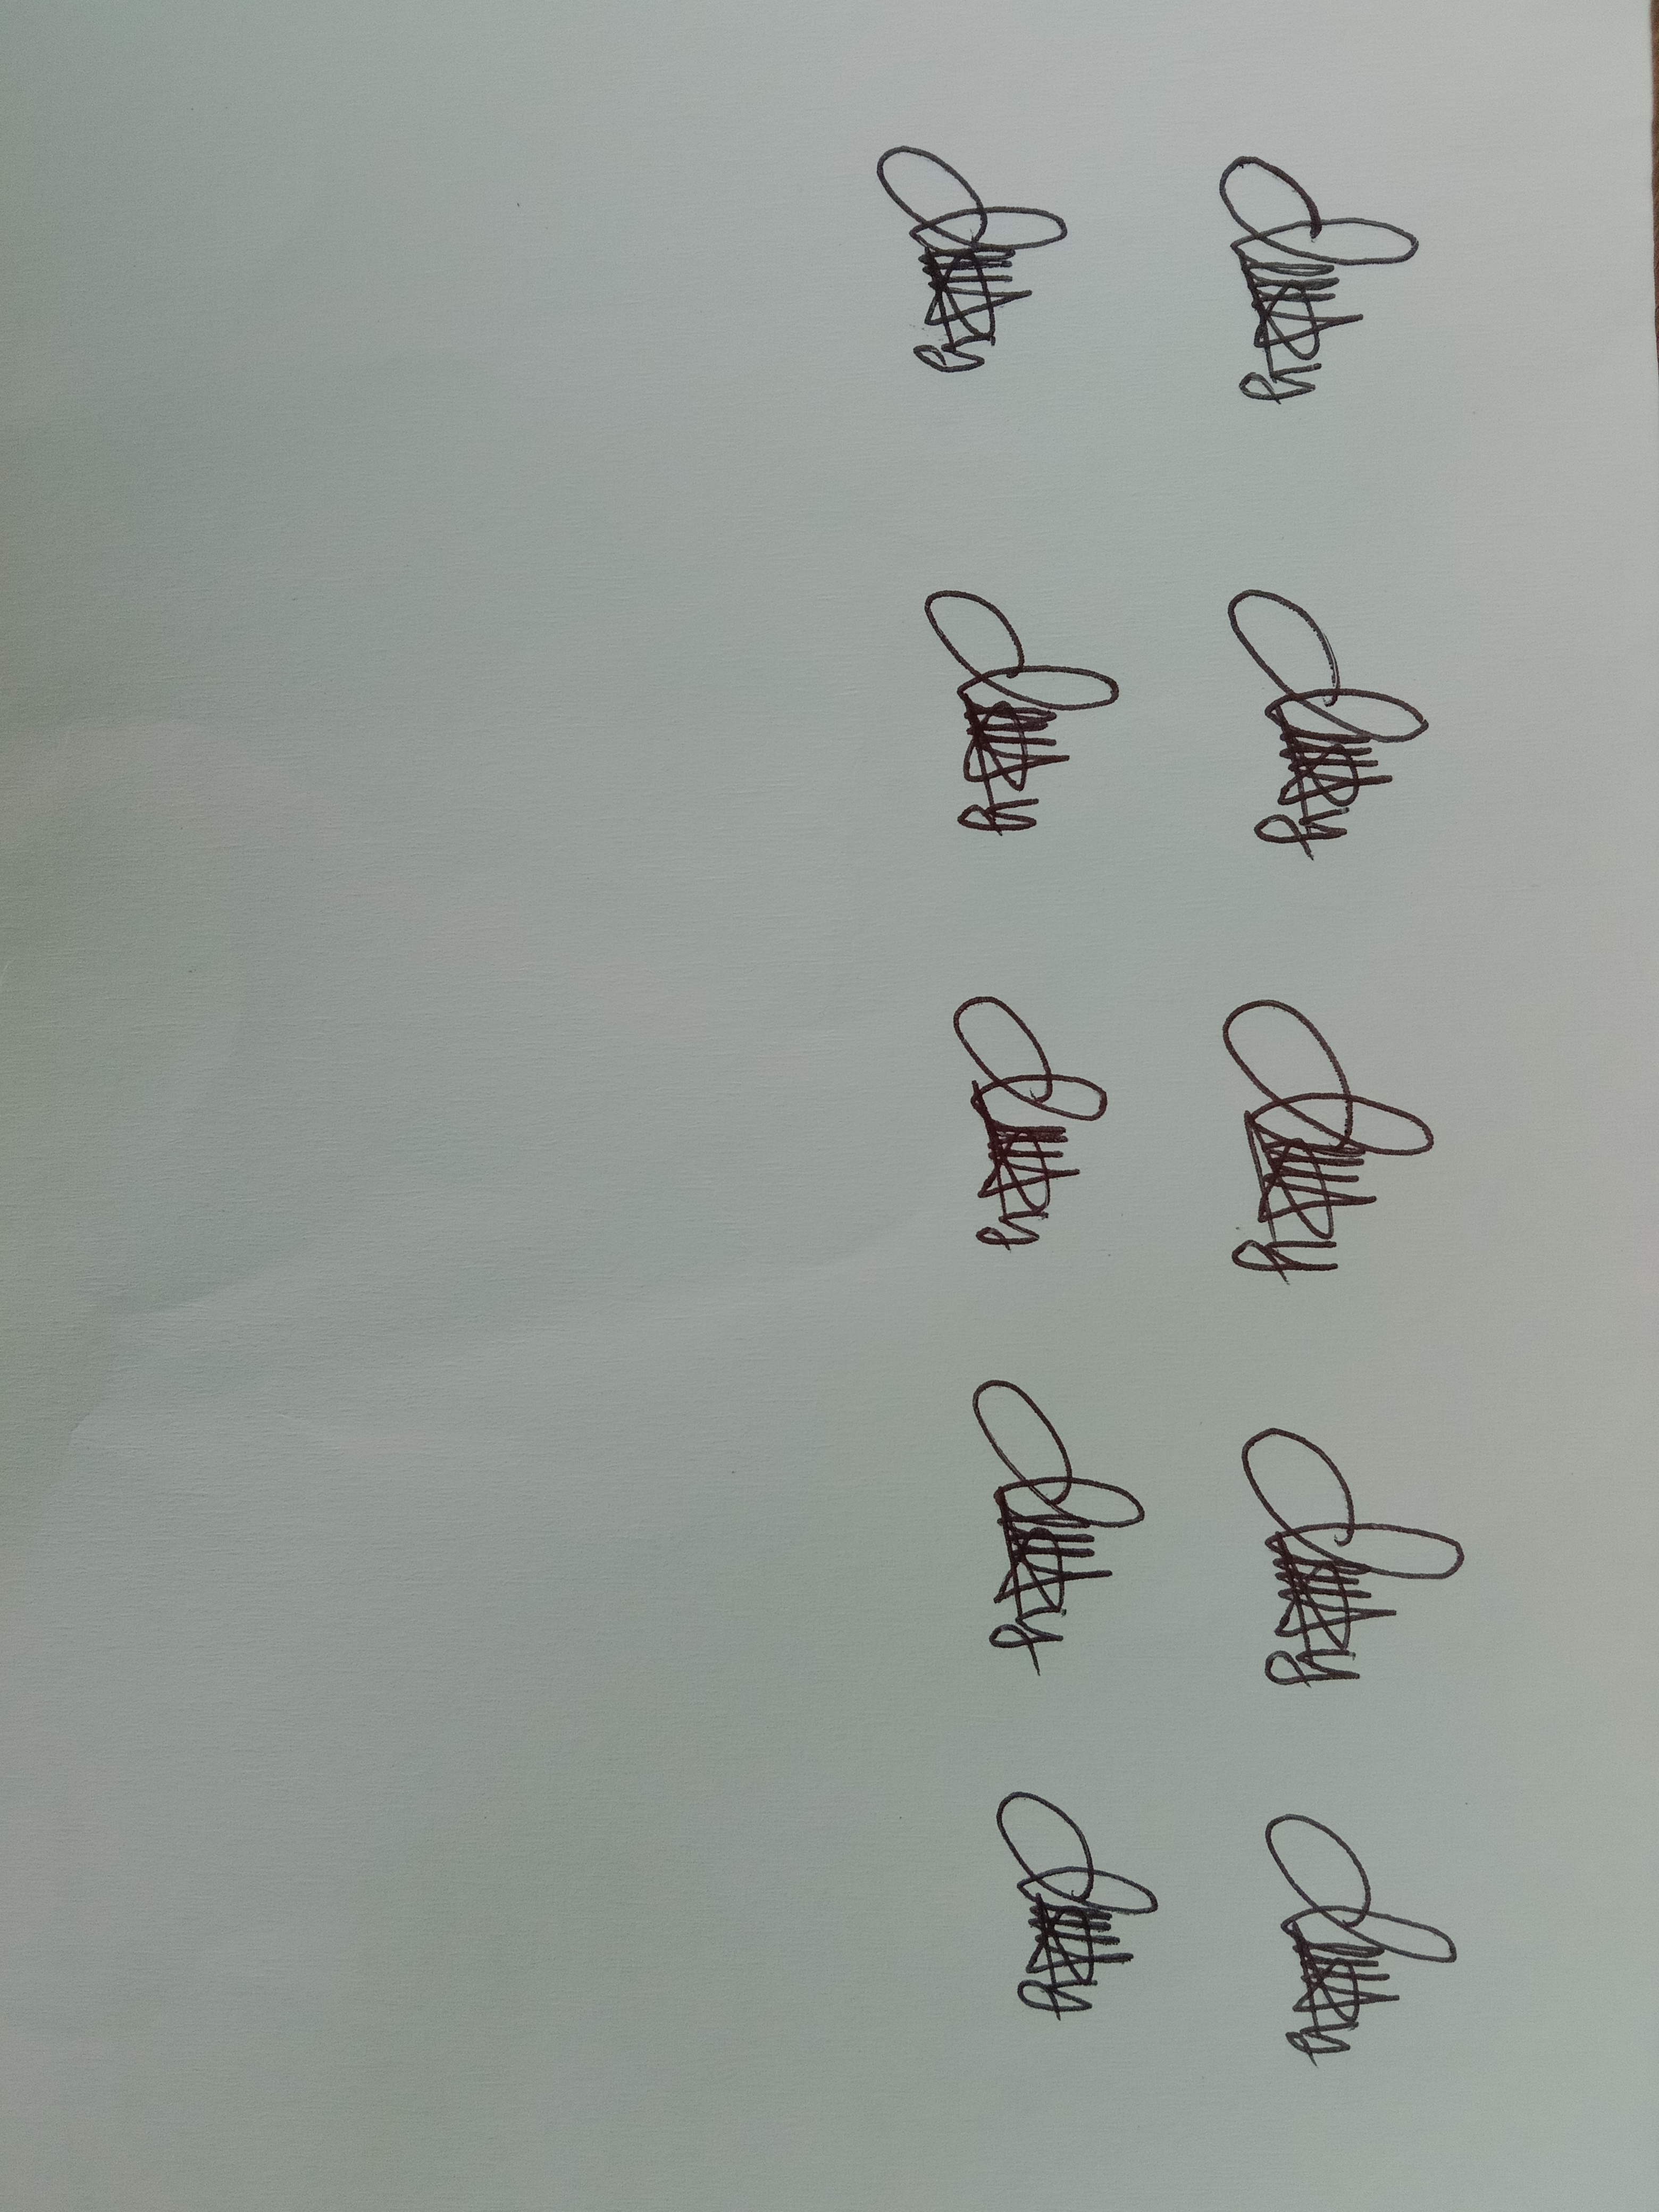
Signature authenticity: genuine